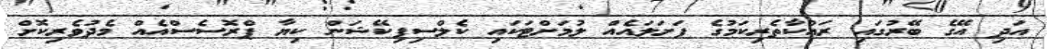
އަދި އޭގެ ބޭރުގައި ރައްކާތެރިކަމުގެ ފަށަލައެއް ލުމަށްޓަކައި ކެލްސިފިކޭޝަން ކިޔާ ޕްރޮސެސްއެއް މެދުވެރިކޮށް